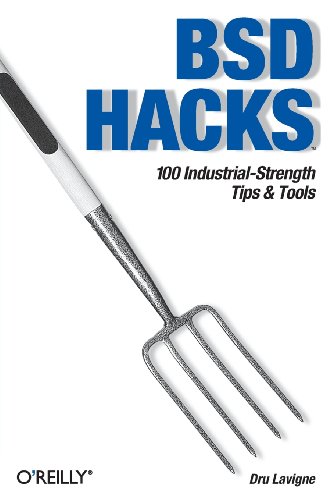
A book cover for BSD Hacks; Dru Lavigne; Computers & Technology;